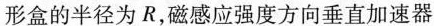
形盒的半径为R，磁感应强度方向垂直加速器